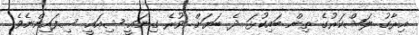
އިރާގު ލަޝްކަރުގެ ތިން ބައިކުޅަ ދެ ބަޔަށް ވުރެ ގިނައީ ޝިއައީ ސިފައިންނެވެ.